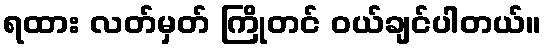
ရထား လတ်မှတ် ကြိုတင် ဝယ်ချင်ပါတယ်။